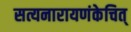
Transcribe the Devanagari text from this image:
सत्यनारायणंकेचित्